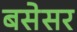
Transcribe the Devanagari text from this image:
बसेसर